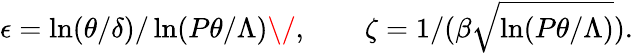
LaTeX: \epsilon=\ln(\theta/\delta)/\ln(P\theta/\Lambda)\/ ,\qquad\zeta=1/(\beta\sqrt{\ln(P\theta/\Lambda)}).